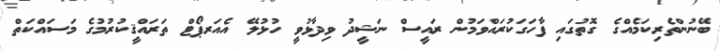
ބޭނުންތެރިކަމެއްގެ ގޮތުގައި ފާހަގަކުރައްވަމުން ރައީސް ނަޝީދު ވިދާޅުވީ ހުޅުލޭ އެއަރޕޯޓް ތަރައްޤީކުރުމުގެ މަސައްކަތް